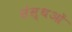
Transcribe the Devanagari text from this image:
संस्थओं